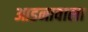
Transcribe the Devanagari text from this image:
आडनावाला